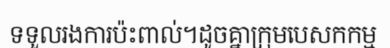
ទទួលរងការប៉ះពាល់។ដូចគ្នាក្រុមបេសកកម្ម